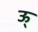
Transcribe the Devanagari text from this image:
ऊ्